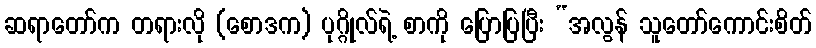
ဆရာတော်က တရားလို (စောဒက) ပုဂ္ဂိုလ်ရဲ့ စာကို ပြောပြပြီး “အလွန် သူတော်ကောင်းစိတ်